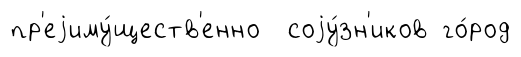
пр'еjиму́ществ'енно соjу́зн'иков го́род